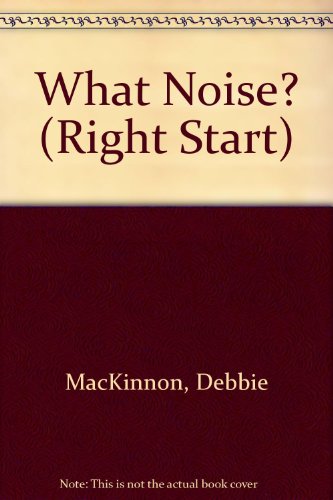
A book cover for What Noise? (Right Start); Debbie MacKinnon; Children's Books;